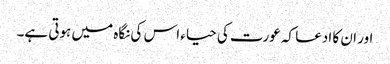
اور ان کا ادعا کہ عورت کی حیاء اس کی نگاہ میں ہوتی ہے۔